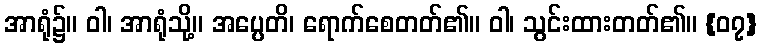
အာရုံ၌။ ဝါ၊ အာရုံသို့။ အပ္ပေတိ၊ ရောက်စေတတ်၏။ ဝါ၊ သွင်းထားတတ်၏။ {၀၇}